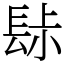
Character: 䦊